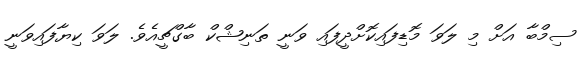
ސިމްބާ އަށް މި ލަވަ މޮޑިފައިކޮށްދީފައި ވަނީ ތަނިޝްކް ބާގްޗީއެވެ. ލަވަ ކިޔާފައިވަނީ